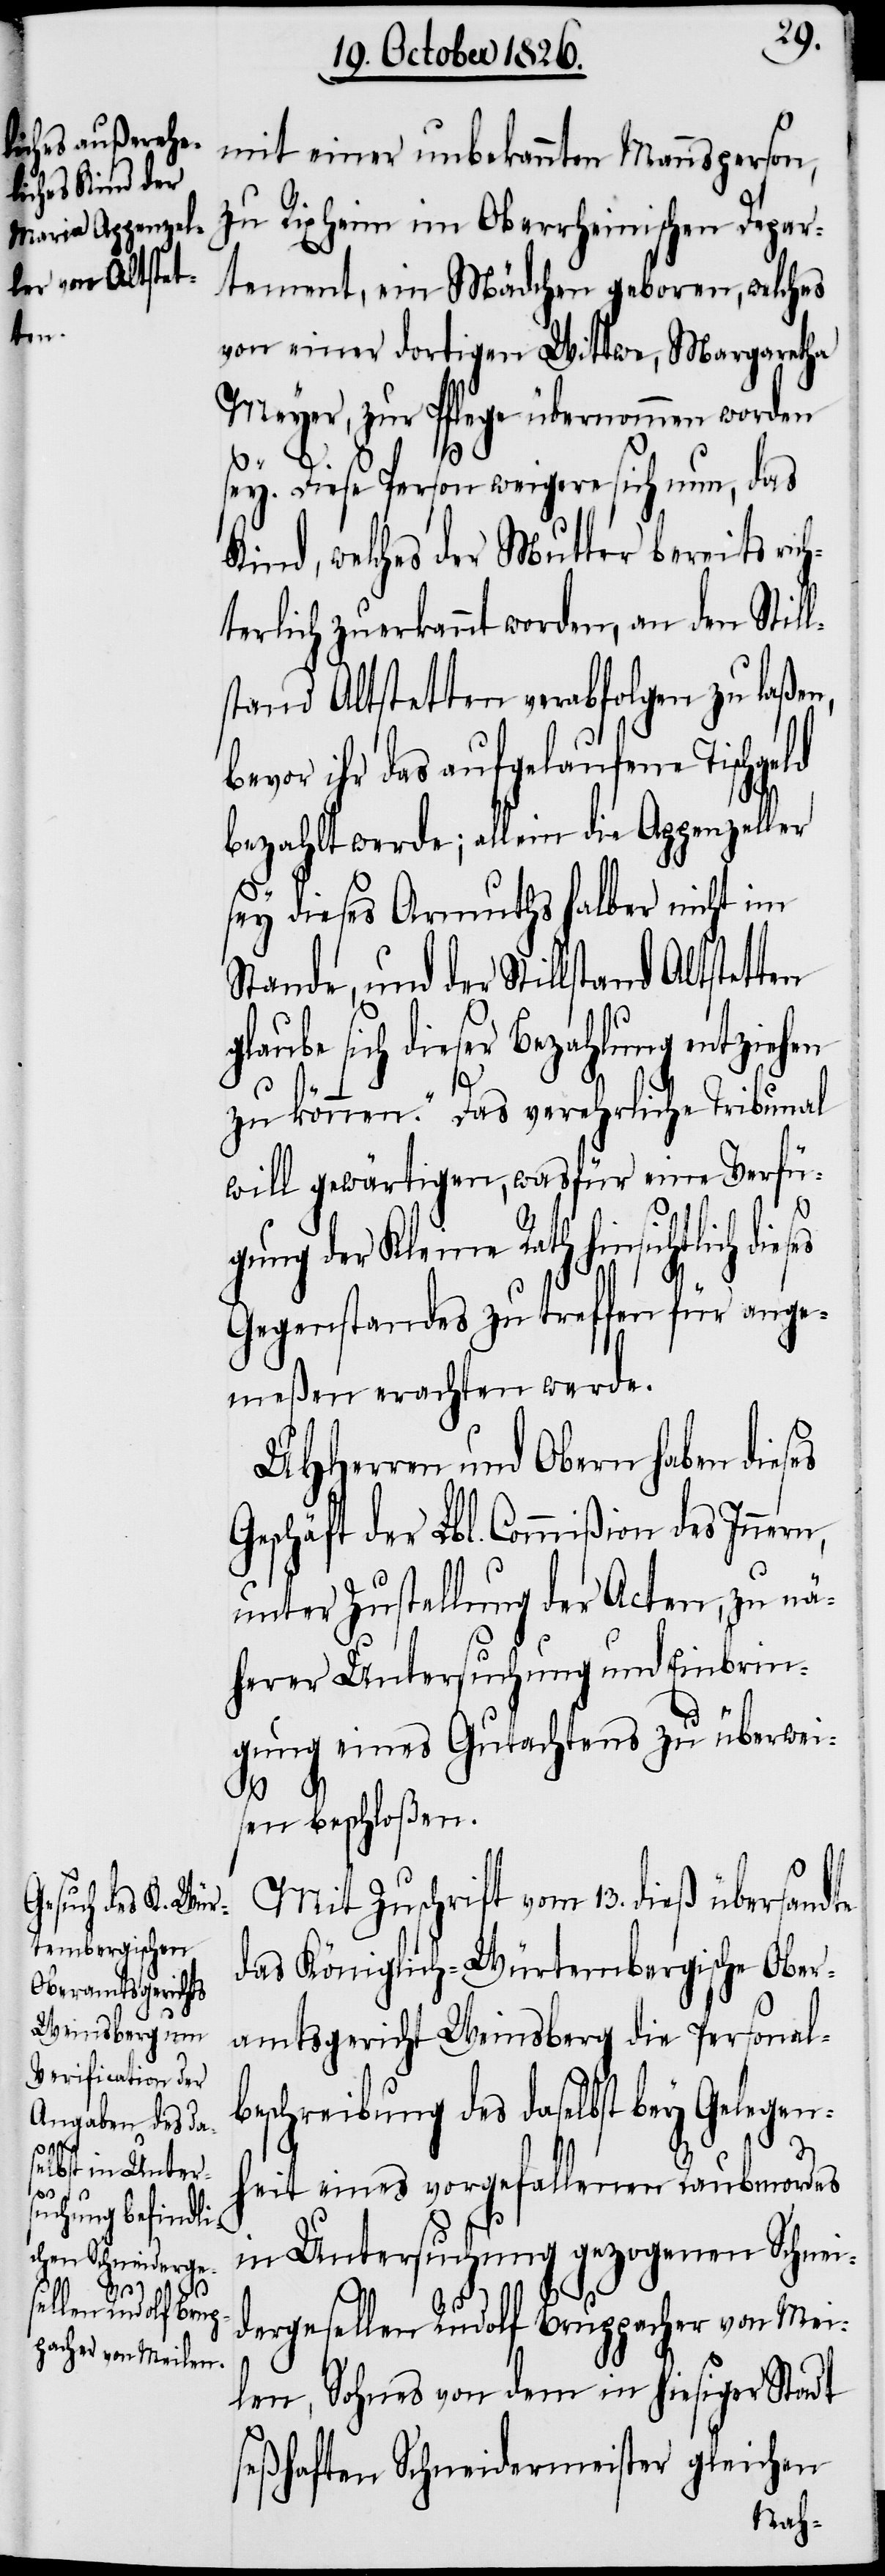
es

mit einer unbekannten Mannsperson,
zu Rixheim im Oberrheinischen Depar¬
tement, ein Mädchen geboren, welches
von einer dortigen Wittwe, Margaretha
Meyer, zur Pflege übernommen worden
sey. Diese Person weigere sich nun, das
Kind, welches der Mutter bereits ric¬
hterlich zuerkannt worden, an den Still¬
stand Altstetten verabfolgen zu laßen,
bevor ihr das aufgelaufene Tischgeld
bezahlt werde; allein die Appenzeller
sey dieses Armuths halber nicht im
Stande, und der Stillstand Altstetten
glaube sich dieser Bezahlung entziehen
zu können.“ Das verehrliche Tribunal
will gewärtigen, was für eine Verfü¬
gung der Kleine Rath hinsichtlich dies¬
Gegenstandes zu treffen für ange¬
meßen erachten werde.
UHHerren und Obern haben dieses
Geschäft der Lbl. Commißion des Innern,
unter Zustellung der Acten, zu nä¬
herer Untersuchung und Einbrin¬
gung eines Gutachtens zu überwei¬
sen beschloßen.
Mit Zuschrift vom 13. dieß übersandte
das Königlich-Würtembergische Ober¬
amtsgericht Weinsberg die Personal¬
beschreibung des daselbst bey Gelegen¬
heit eines vorgefallenen Raubmordes
in Untersuchung gezogenen Schnei¬
dergesellen Rudolf Bruppacher von Mei¬
len, Sohnes von dem in hiesiger Stadt
seßhaften Schneidermeister gleichen